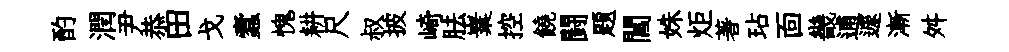
酌潤尹恭田戈蠧愧耕尺叔披崎胠嶪控饒闘题閶姝炬著玷靣畿逋遽漸舛